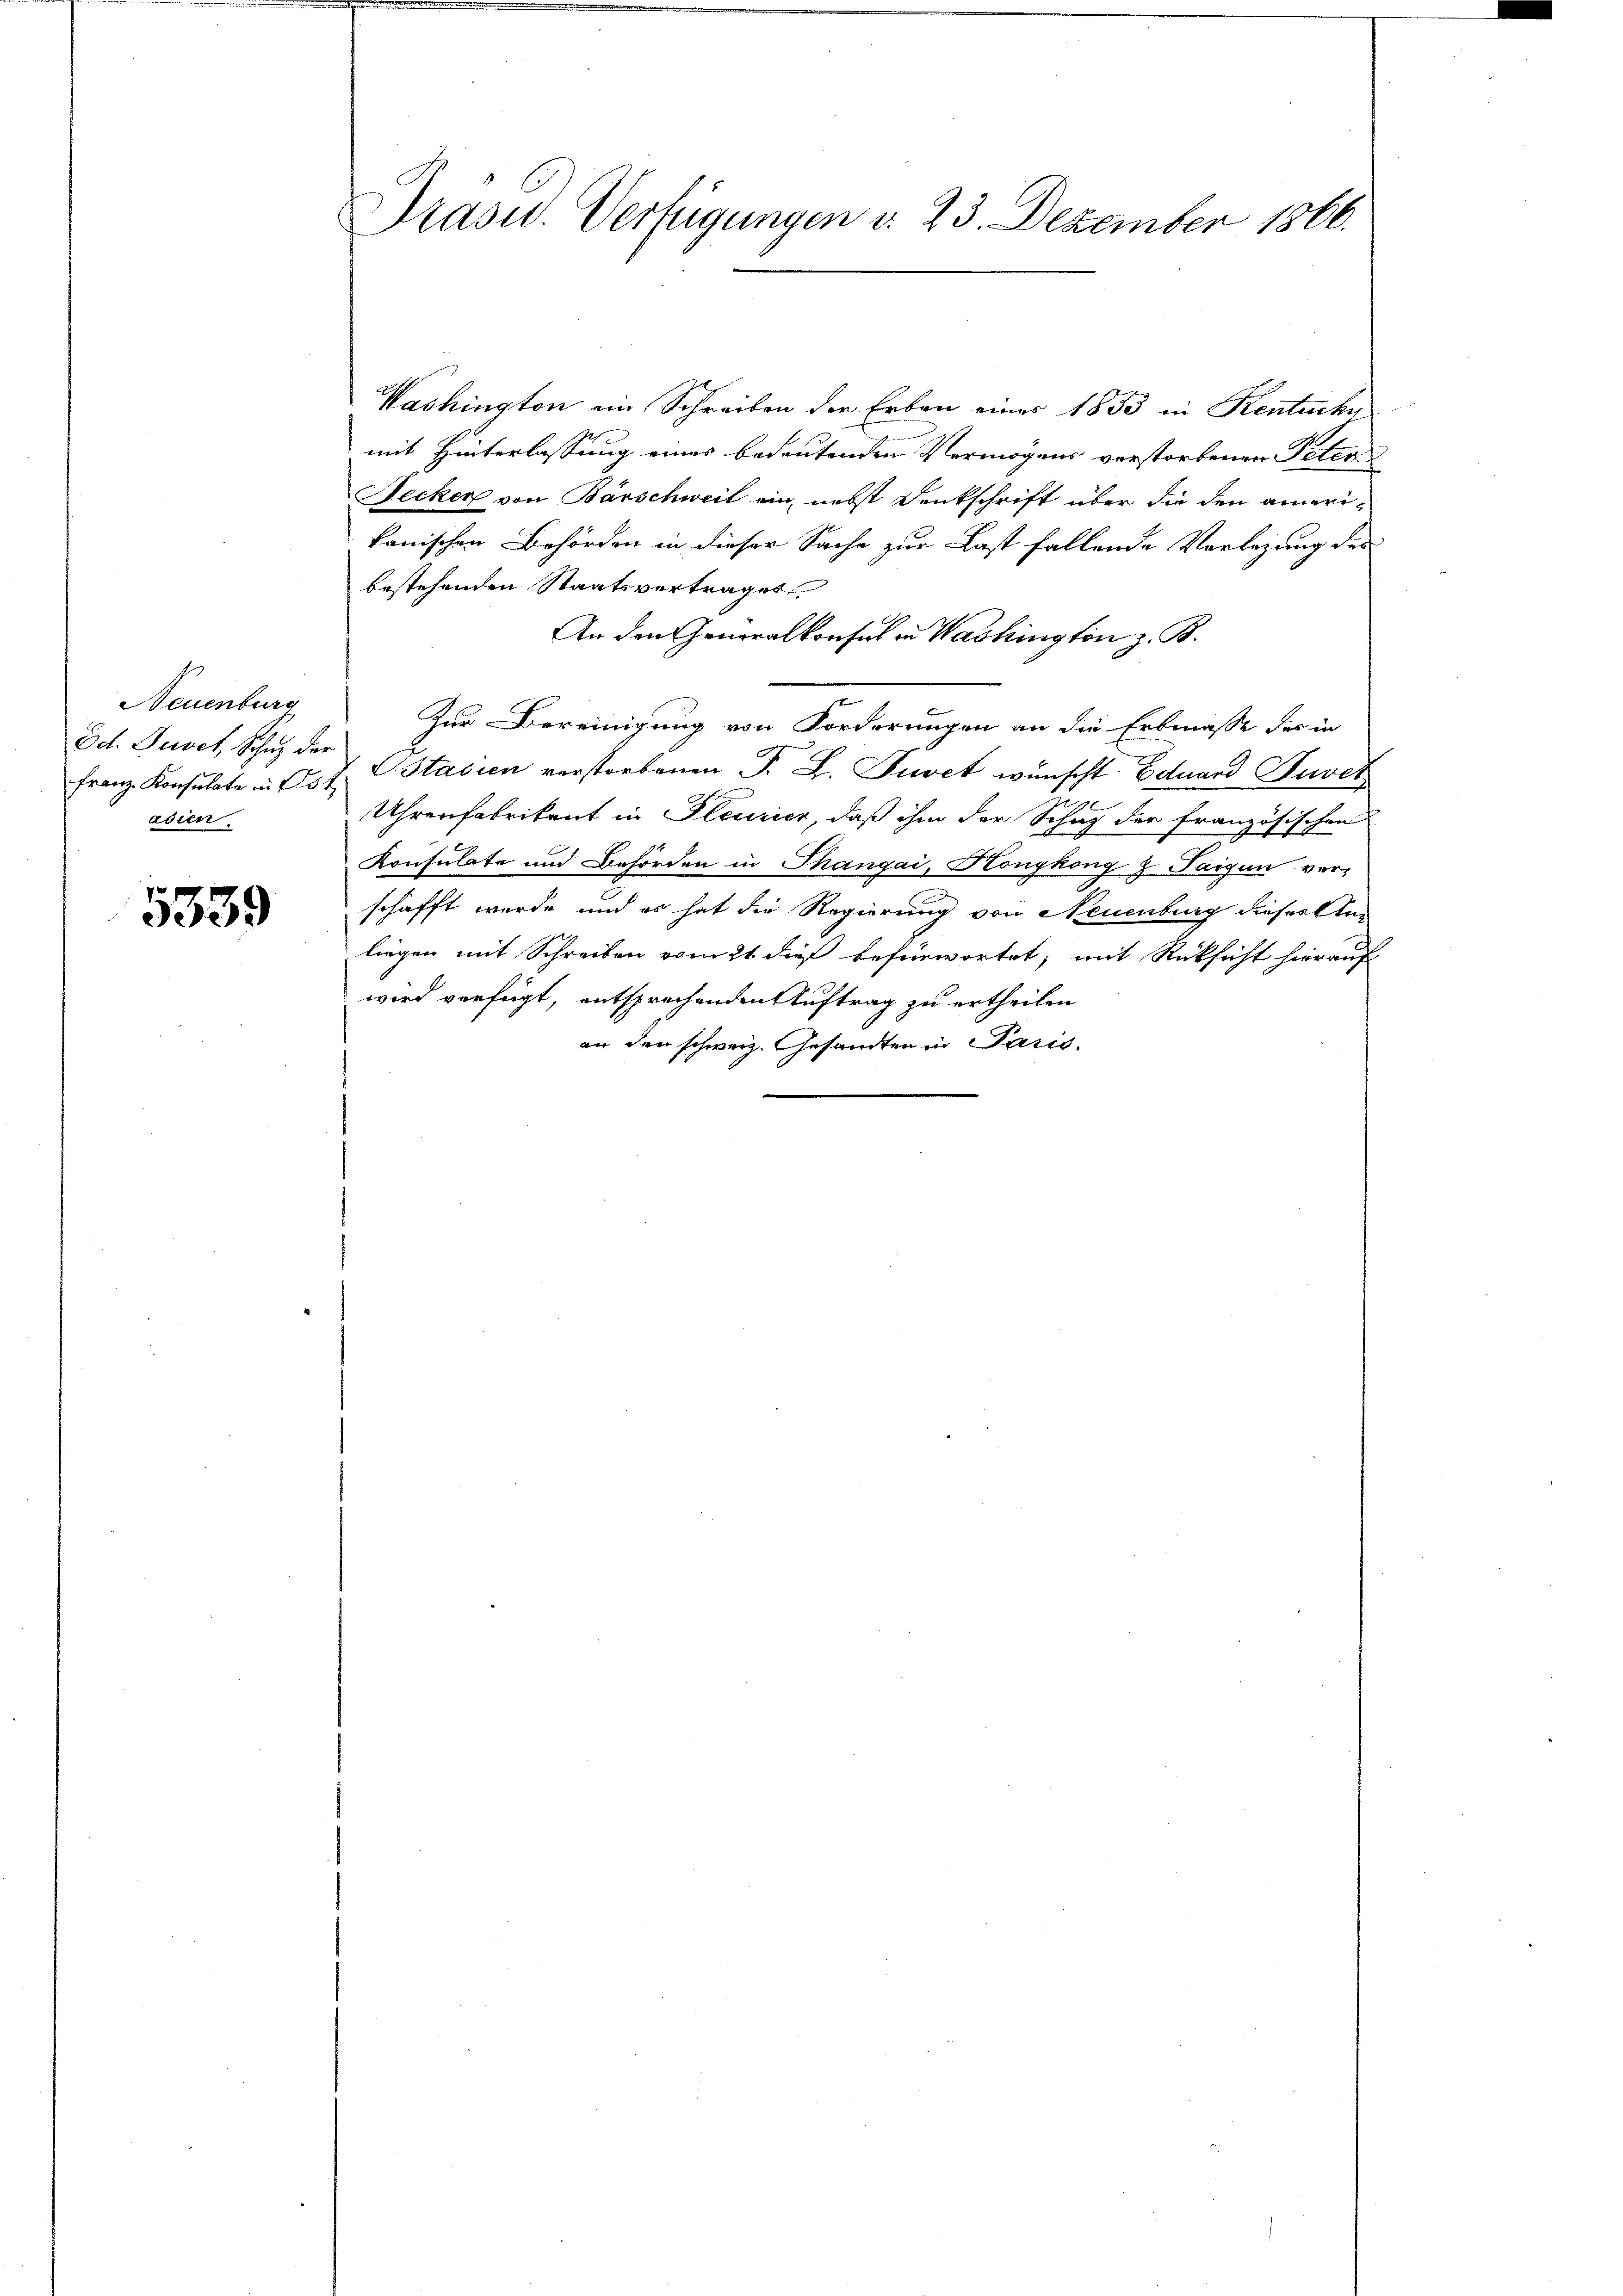
Neuenburg
Ed. Suvet, Schutz der
Franz Konsulate in 182
adier

5339

Präsid.. Verfügungen d. 23. Dezember 1866.

Washington ein Schreiben der Erbau eines 1833 in Kentuche
mit Hinterlassung eines bedeutenden Vermögens verstorbenen Peter
Secker von Barschweil ein, nebst Denkschrift über die den amerikanischen Behörden in dieser Sache zur Last fallende Vorlegung des
bestehenden Staatsvertrages
An den Generalkonsul in Washington z. B.
Zur Bereinigung von Forderungen an die Erbmasse der in
J. SStasien verstorbenen F. L. Punct wünscht. Eduard Ouver
90
Uhrenfabrikant in Pleuzier, daß ihm der Schaz der französischen
Konsulate und Behörden in Thangai, Hongkong & Saigen ver-
schafft wurde und es hat die Regierung von Neuenburg dieser An-
liegen mit Schreiben vom 2t dieß befürwortet; mit Rücksicht hierauf
wird verfügt, entsprechenden Auftrag zu ertheilen
an den schweiz. Gesandten in Paris.